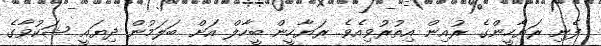
ފެނި ރަޔާހީންގެ ރުއިން އިތުރުވިއެވެ. ރަޔާހީން ބީހާލް އަށް ބަލަމުން ދިޔައީ ޝަކުވާގެ